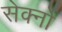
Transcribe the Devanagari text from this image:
सेर्क्नो